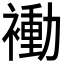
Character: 𬡬